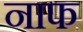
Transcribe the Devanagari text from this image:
नाफ